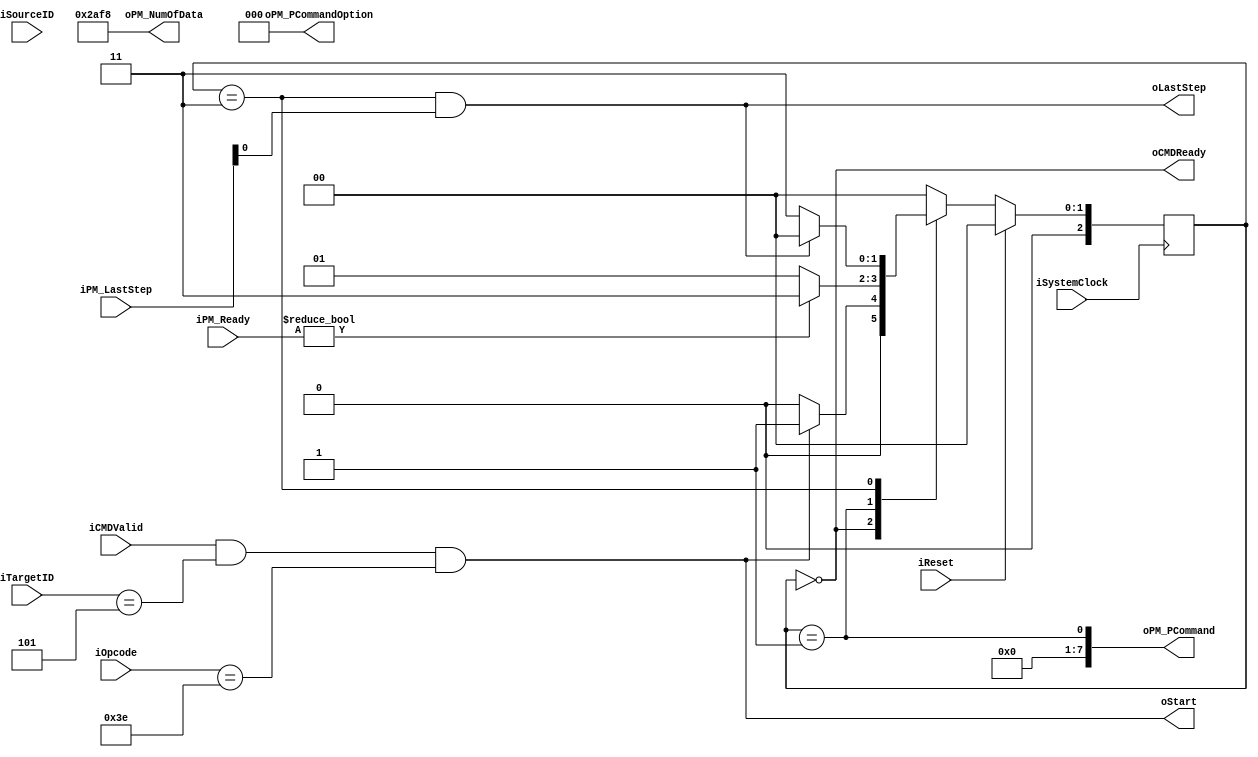
module NPCG_Toggle_SCC_N_poe
#
(
    parameter NumberOfWays    =   4
)
(
    iSystemClock        ,
    iReset              ,
    iOpcode             ,
    iTargetID           ,
    iSourceID           ,
    iCMDValid           ,
    oCMDReady           ,
    oStart              ,
    oLastStep           , 
    iPM_Ready           ,
    iPM_LastStep        ,
    oPM_PCommand        ,
    oPM_PCommandOption  ,
    oPM_NumOfData
    
);
    input           iSystemClock        ;
    input           iReset              ;
    input   [5:0]   iOpcode             ;
    input   [4:0]   iTargetID           ;
    input   [4:0]   iSourceID           ;
    input           iCMDValid           ;
    output          oCMDReady           ;
    output          oStart              ;
    output          oLastStep           ; 
    input   [7:0]   iPM_Ready           ;
    input   [7:0]   iPM_LastStep        ;
    output  [7:0]   oPM_PCommand        ;
    output  [2:0]   oPM_PCommandOption  ;
    output  [15:0]  oPM_NumOfData       ;

    wire            wModuleTriggered    ;

    localparam  State_Idle          = 3'b000;
    localparam  State_POECmdIssue   = 3'b001;
    localparam  State_POEWait       = 3'b011;
    
    reg [2:0]   rCurState   ;
    reg [2:0]   rNextState  ;
    
    wire wTimerTrig;

    always @ (posedge iSystemClock)
        if (iReset)
            rCurState <= State_Idle;
        else
            rCurState <= rNextState;

    always @ (*)
        case (rCurState)
        State_Idle:
            rNextState <= (wModuleTriggered)?State_POECmdIssue:State_Idle;
        State_POECmdIssue:
            rNextState <= (iPM_Ready)?State_POEWait:State_POECmdIssue;
        State_POEWait:
            rNextState <= (oLastStep)?State_Idle:State_POEWait;
        default:
            rNextState <= State_Idle;
        endcase
    
    assign wModuleTriggered         = (iCMDValid && iTargetID[4:0] == 5'b00101 && iOpcode[5:0] == 6'b111110);
    assign oCMDReady                = (rCurState == State_Idle);
    
    assign wTimerTrig               = (rCurState == State_POECmdIssue);
    
    assign oStart                   = wModuleTriggered;
    assign oLastStep                = (rCurState == State_POEWait) & iPM_LastStep[0];
    
    assign oPM_PCommand[7:0]        = {1'b0, 1'b0, 1'b0, 1'b0, 1'b0, 1'b0, 1'b0, wTimerTrig};
    assign oPM_PCommandOption[2:0]  = 3'b000;
    assign oPM_NumOfData[15:0]      = 16'd11000;
    
endmodule